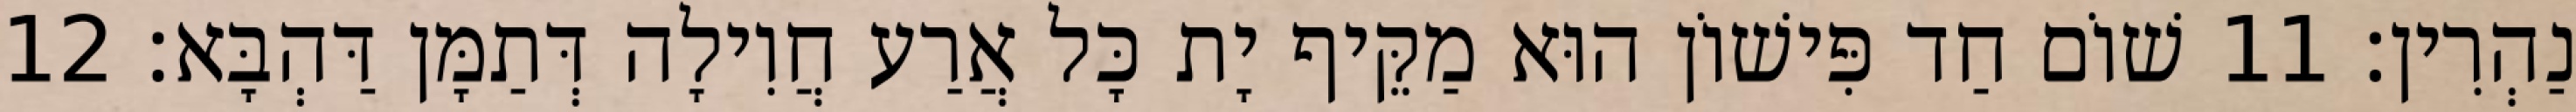
נַהְרִין׃ 11 שׁוֹם חַד פִּישׁוֹן הוּא מַקֵּיף יָת כָּל אֲרַע חֲוִילָה דְּתַמָּן דַּהְבָּא׃ 12